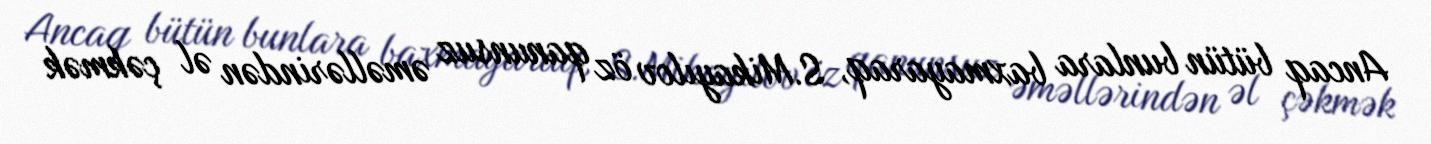
Ancaq bütün bunlara baxmayaraq, S.Mikayılov öz qanunsuz əməllərindən əl çəkmək